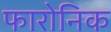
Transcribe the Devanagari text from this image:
फारोनिक